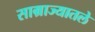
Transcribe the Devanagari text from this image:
साम्राज्यातले